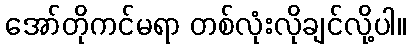
အော်တိုကင်မရာ တစ်လုံးလိုချင်လို့ပါ။